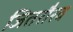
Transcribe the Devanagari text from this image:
जितरौरव